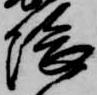
隈